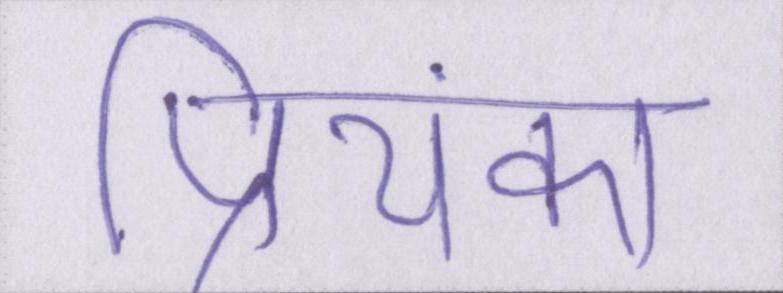
प्रियंका